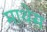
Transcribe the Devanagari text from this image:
माथेस